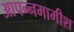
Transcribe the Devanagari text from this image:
आपन्नमामीश